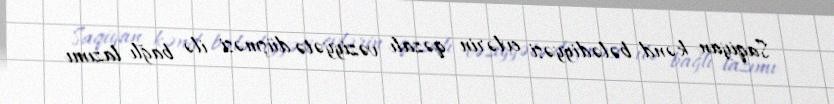
Saqiyan kənd bələdiyyəsi evlərin qəzalı vəziyyətə düşməsi ilə bağlı lazımı